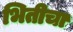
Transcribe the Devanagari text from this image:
भितीचा